Lunatic asylums in Bengal annual reports 1912-1924 - 1912-1924
Year: 1912
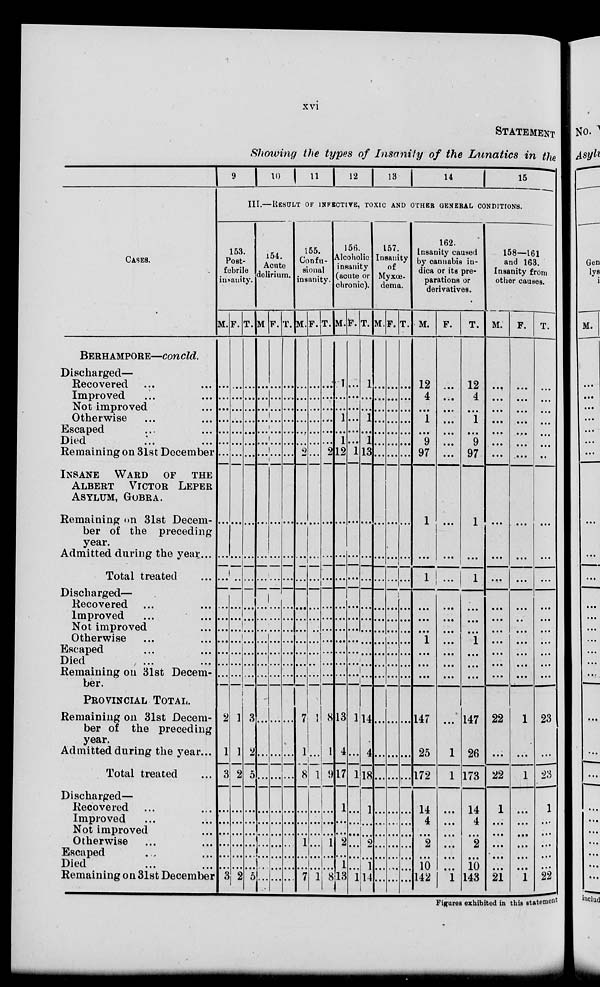
xvi
STATEMENT
Showing the types of Insanity of the Lunatics in the
CASES.
BERHAMPORE—concld.
Discharged—
Recovered ... ...
Improved ... ...
Not improved ...
Otherwise ... ...
Escaped ... ...
Died ... ...
Remaining on 31st December
IINSANE WARD OF THE
ALBERT VICTOR LEPER
ASYLUM, GOBRA.
Remaining on 31st Decem-
ber of the preceding
year.
Admitted during the year ...
Total treated ...
Discharged—
Recovered ... ...
Improved ... ...
Not improved ...
Otherwise ... ...
Escaped ... ...
Died ... ...
Remaining on 31st Decem-
ber.
PROVINCIAL
TOTAL.
Remaining on 31st Decem-
ber of the preceding
year.
Admitted during the year ...
Total treated ...
Discharged—
Recovered ... ...
Improved ... ...
Not improved ...
Otherwise ... ...
Escaped ... ...
Died ... ...
Remaining on 31st December
9
10 11 12
13
14
15
III.—RESULTS OF INFECTIVE, TOXIC AND OTHER GENERAL CONDITIONS.
153.
Post-
febrile
insanity.
M.
...
...
...
...
...
...
...
...
...
...
...
...
...
...
...
...
...
2
1
3
...
...
...
...
...
...
3
F.
...
...
...
...
...
...
...
...
...
...
...
...
...
...
...
...
...
1
1
2
...
...
...
...
...
...
2
T.
...
...
...
...
...
...
...
...
...
...
...
...
...
...
...
...
...
2
2
5
...
...
...
...
...
...
5
154.
Acute
delirium.
M .
...
...
...
...
...
...
...
...
...
...
...
...
...
...
...
...
...
...
...
...
...
...
...
...
...
...
...
F.
...
...
...
...
...
...
...
...
...
...
...
...
...
...
...
...
...
...
...
...
...
...
...
...
...
...
...
T.
...
...
...
...
...
...
...
...
...
...
...
...
...
...
...
...
...
...
...
...
...
...
...
...
...
...
...
155.
Confu-
sional
insanity.
M.
...
...
...
...
...
...
2
...
...
...
...
...
...
...
...
...
...
7
1
8
...
...
...
1
...
...
7
F.
...
...
...
...
...
...
...
...
...
...
...
...
...
...
...
...
...
1
...
1
...
...
...
...
...
...
1
T.
...
...
...
...
...
...
2
...
...
...
...
...
...
...
...
...
...
8
1
9
...
...
...
1
...
...
8
156.
Alcoholic
insanity
(acute or
chronic).
M.
1
...
...
1
...
1
12
...
...
...
....
...
...
...
...
...
...
13
4
17
1
...
...
2
...
1
13
F.
...
...
...
...
...
...
1
...
...
...
...
...
...
...
...
...
...
1
...
1
..
...
...
...
...
...
1
T.
1
...
...
1
...
1
13
...
...
...
...
...
...
...
...
...
...
14
4
18
1
...
...
2
...
...
14
157.
Insanity
of
Myxœ-
dema.
M.
...
...
...
...
...
...
...
...
...
...
...
...
...
...
...
...
...
...
...
...
...
...
...
...
...
...
...
F.
...
...
...
...
...
...
...
...
...
...
...
...
...
...
...
...
...
...
...
...
...
...
...
...
...
...
...
T
...
...
...
...
...
...
...
...
...
...
...
...
...
...
...
...
...
...
...
...
...
...
...
...
...
...
...
162.
Insanity caused
by cannabis in-
dica or its pre-
parations or
derivatives.
M.
12
4
...
1
...
9
97
1
...
1
...
...
...
1
...
...
...
147
25
172
14
4
...
2
...
10
142
F.
...
...
...
...
...
...
...
...
...
...
...
...
...
...
...
...
...
...
1
1
...
...
...
...
...
...
1
T.
12
4
...
1
...
9
97
1
...
1
...
...
...
1
...
...
...
147
26
173
14
4
...
2
...
10
143
158—161
and 163.
Insanity from
other causes.
M.
...
...
...
...
...
...
...
...
...
...
...
...
...
...
...
...
...
22
...
22
1
...
...
...
...
...
21
F.
...
...
...
...
...
...
...
...
...
...
...
...
...
...
...
...
...
1
...
1
...
...
...
...
...
...
1
T.
...
...
...
...
...
...
. .
...
...
...
...
...
...
...
...
...
...
23
...
23
1
...
...
...
...
...
22
Figures exhibited in this statement